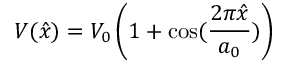
V ( \hat { x } ) = V _ { 0 } \left( 1 + \cos ( \frac { 2 \pi \hat { x } } { a _ { 0 } } ) \right)